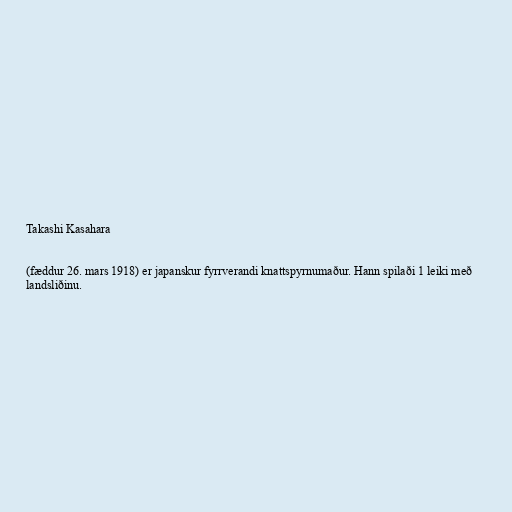
Takashi Kasahara

(fæddur 26. mars 1918) er japanskur fyrrverandi knattspyrnumaður. Hann spilaði 1 leiki með
landsliðinu.